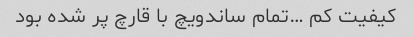
کیفیت کم …تمام ساندویچ با قارچ پر شده بود